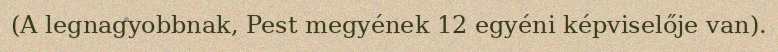
(A legnagyobbnak, Pest megyének 12 egyéni képviselője van).